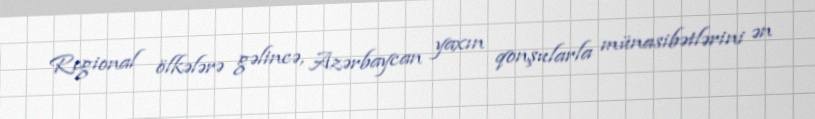
Regional ölkələrə gəlincə, Azərbaycan yaxın qonşularla münasibətlərini ən